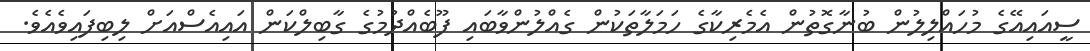
ސީއައިއޭގެ މުހައްލިލުން ބުނާގޮތުން އެމެރިކާގެ ހަމަލާތަކުން ގެއްލުންވާބައި ފޫބެއްދުމުގެ ގާބިލްކަން އައިއެސްއަށް ލިބިފައިވެއެވެ.